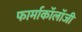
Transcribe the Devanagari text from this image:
फार्माकॉलॉजी